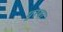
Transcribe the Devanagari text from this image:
पुरबा